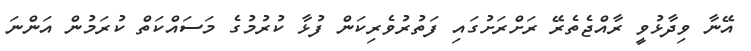
އޭނާ ވިދާޅުވީ ރާއްޖެތެރޭ ރަށްރަށުގައި ފަތުރުވެރިކަން ފުޅާ ކުރުމުގެ މަސައްކަތް ކުރަމުން އަންނަ